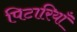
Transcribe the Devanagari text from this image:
पिटारियाँ